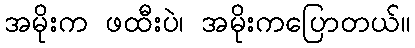
အမိုးက ဖထီးပဲ၊ အမိုးကပြောတယ်။